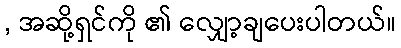
, အဆို့ရှင်ကို ၏ လျှော့ချပေးပါတယ်။